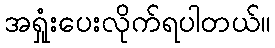
အရှုံးပေးလိုက်ရပါတယ်။